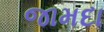
જામદા